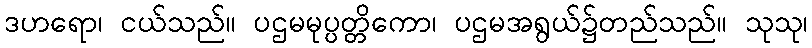
ဒဟရော၊ ငယ်သည်။ ပဌမမုပ္ပတ္တိကော၊ ပဌမအရွယ်၌တည်သည်။ သုသု၊